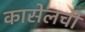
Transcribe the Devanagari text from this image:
कासेलची